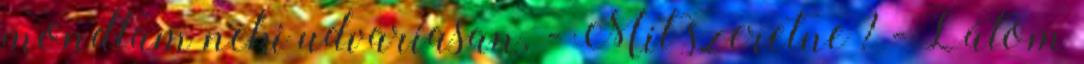
mondtam neki udvariasan. - Mit szeretne ? - Látom